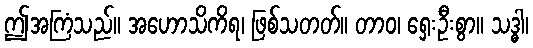
ဤအကြံသည်။ အဟောသိကိရ၊ ဖြစ်သတတ်။ တာဝ၊ ရှေးဦးစွာ။ သဒ္ဓါ၊